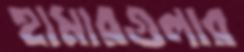
হামারগুলার